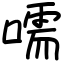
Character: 嚅